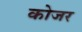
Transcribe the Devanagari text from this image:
कोजर